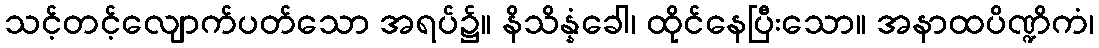
သင့်တင့်လျောက်ပတ်သော အရပ်၌။ နိသိန္နံခေါ၊ ထိုင်နေပြီးသော။ အနာထပိဏ္ဍိကံ၊